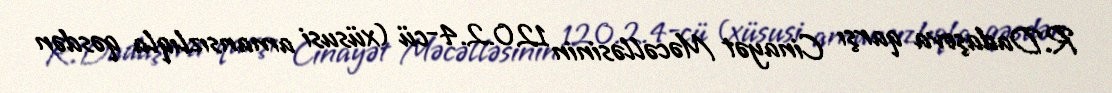
R.Dadaşova qarşı Cinayət Məcəlləsinin 120.2.4-cü (xüsusi amansızlıqla qəsdən